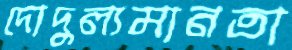
দোদুল্যমানতা